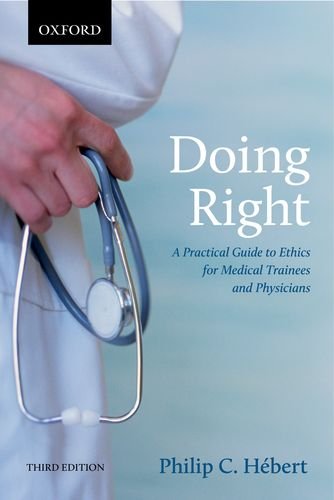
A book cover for Doing Right: A Practical Guide to Ethics for Medical Trainees and Physicians; Philip C. Hebert; Medical Books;